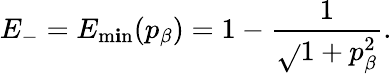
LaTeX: E_{-}=E_{\operatorname*{m\mathbf{i}n}}(p_{\beta})=1-\frac{{1}}{{\sqrt{}{{1+p_{\beta}^{2}}}}}.